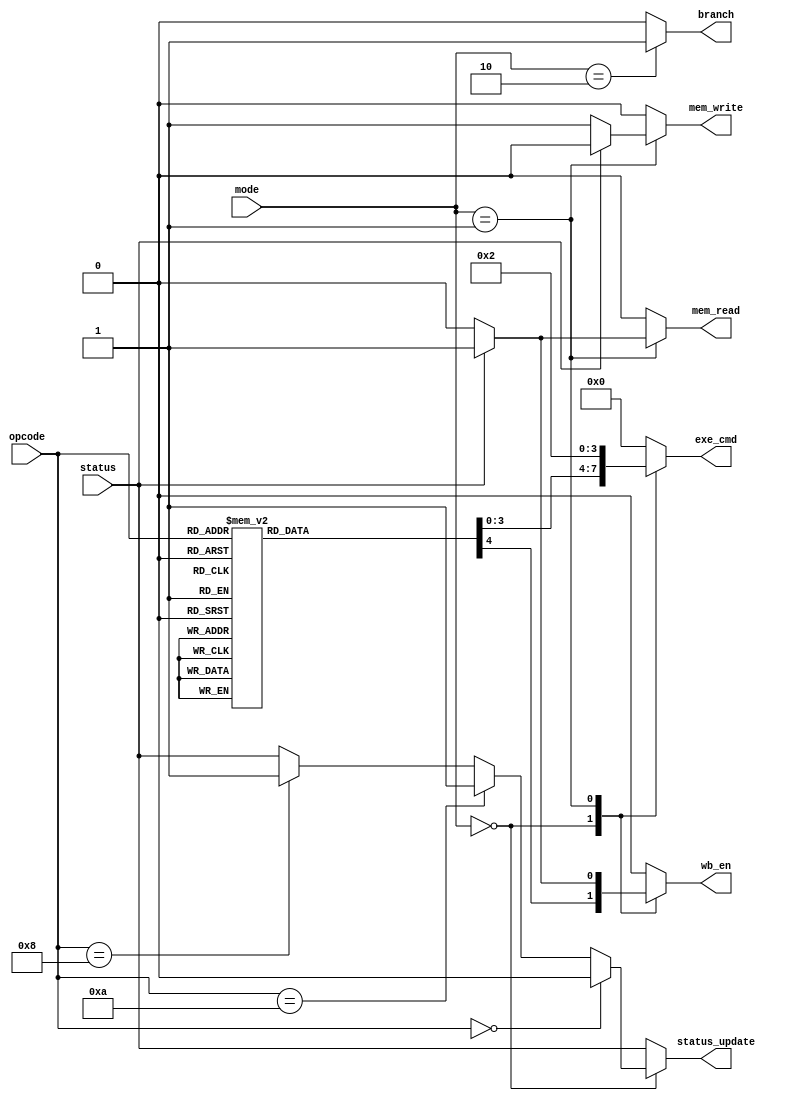
module Control_Unit
(
    input [1:0] mode,
    input [3:0] opcode,
    input status,  //s 
    output reg [3 : 0] exe_cmd,
    output reg mem_read, mem_write, wb_en, branch,  // B
    output status_update  // S
);

  always @(*) begin
    {exe_cmd, mem_read, mem_write, wb_en, branch} = 0;
    case(mode)
      
        2'b00: begin  // Arithmetic
                case (opcode)
                    6'b1101: begin //MOV
                        exe_cmd = 4'b0001;
                        wb_en = 1'b1;
                    end
                    6'b1111: begin //MVN
                        exe_cmd = 4'b1001;
                        wb_en = 1'b1;
                    end
                    6'b0100: begin //ADD
                        exe_cmd = 4'b0010;
                        wb_en = 1'b1;
                    end
                    6'b0101: begin //ADC
                        exe_cmd = 4'b0011;
                        wb_en = 1'b1;
                    end
                    6'b0010: begin //SUB
                        exe_cmd = 4'b0100;
                        wb_en = 1'b1;
                    end
                    6'b0110: begin //SBC
                        exe_cmd = 4'b0101;
                        wb_en = 1'b1;
                    end
                    6'b0000: begin //AND
                        exe_cmd = 4'b0110;
                        wb_en = 1'b1;
                    end
                    6'b1100: begin //ORR
                        exe_cmd = 4'b0111;
                        wb_en = 1'b1;
                    end
                    6'b0001: begin //EOR
                        exe_cmd = 4'b1000;
                        wb_en = 1'b1;
                    end
                    6'b1010: begin //CMP
                        exe_cmd = 4'b0100;
                    end
                    6'b1000: begin //TST
                        exe_cmd = 4'b0110;
                    end
                    default: begin
                        exe_cmd = 4'b0000;
                    end
                endcase
        end
        
        2'b01: begin  // Load or Store
            exe_cmd = 4'b0010;
            if (status) begin //LDR
                {mem_read, wb_en} = 2'b11;
            end else begin //STR
                mem_write = 1'b1;      
            end
        end
        
        2'b10: begin  // Branch
            exe_cmd = 4'b0;
            branch = 1'b1;
        end
        
        default: begin
            exe_cmd = 4'b0000;
            {mem_read, mem_write, wb_en, branch} = 4'b0;
        end
        
    endcase
  end

    assign status_update = (mode == 2'b00) ? (
                                (opcode == 4'b0000) ? 1'b0 : //NOP
                                (opcode == 4'b1010) ? 1'b1 : //CMP
                                (opcode == 4'b1000) ? 1'b1 : //TST
                                status //Others
                            ) : status; //LDR, STR, BR


endmodule